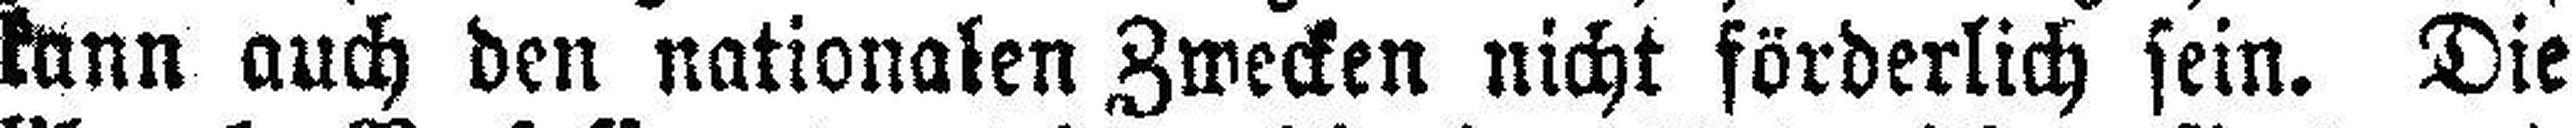
kann auch den nationalen Zwecken nicht förderlich sein. Die